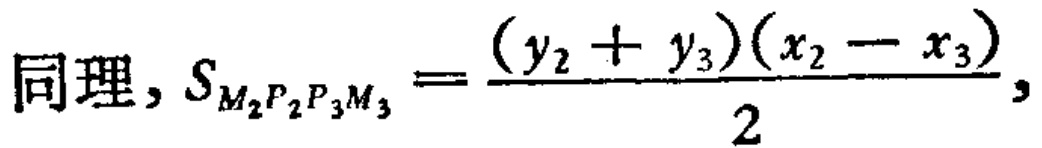
同理，$S_{M_{2}P_{2}P_{3}M_{3}} = \frac{(y_{2} + y_{3})(x_{2} - x_{3})}{2},$